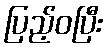
ပြည့်ဝပြီး